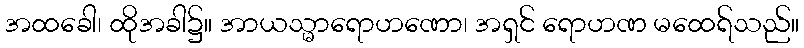
အထခေါ၊ ထိုအခါ၌။ အာယသ္မာရောဟဏော၊ အရှင် ရောဟဏ မထေရ်သည်။